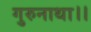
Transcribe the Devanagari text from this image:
गुरुनाथा।।